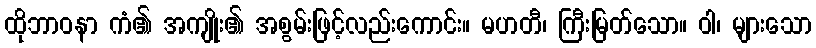
ထိုဘာဝနာ ကံ၏ အကျိုး၏ အစွမ်းဖြင့်လည်းကောင်း။ မဟတီ၊ ကြီးမြတ်သော။ ဝါ၊ များသော